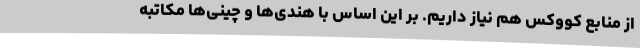
از منابع کووکس هم نیاز داریم. بر این اساس با هندی‌ها و چینی‌ها مکاتبه